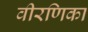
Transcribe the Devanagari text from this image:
वीरणिका